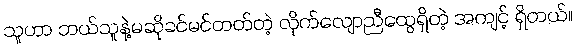
သူဟာ ဘယ်သူနဲ့မဆိုခင်မင်တတ်တဲ့ လိုက်လျောညီထွေရှိတဲ့ အကျင့် ရှိတယ်။